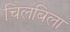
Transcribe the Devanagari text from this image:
चिलबिला